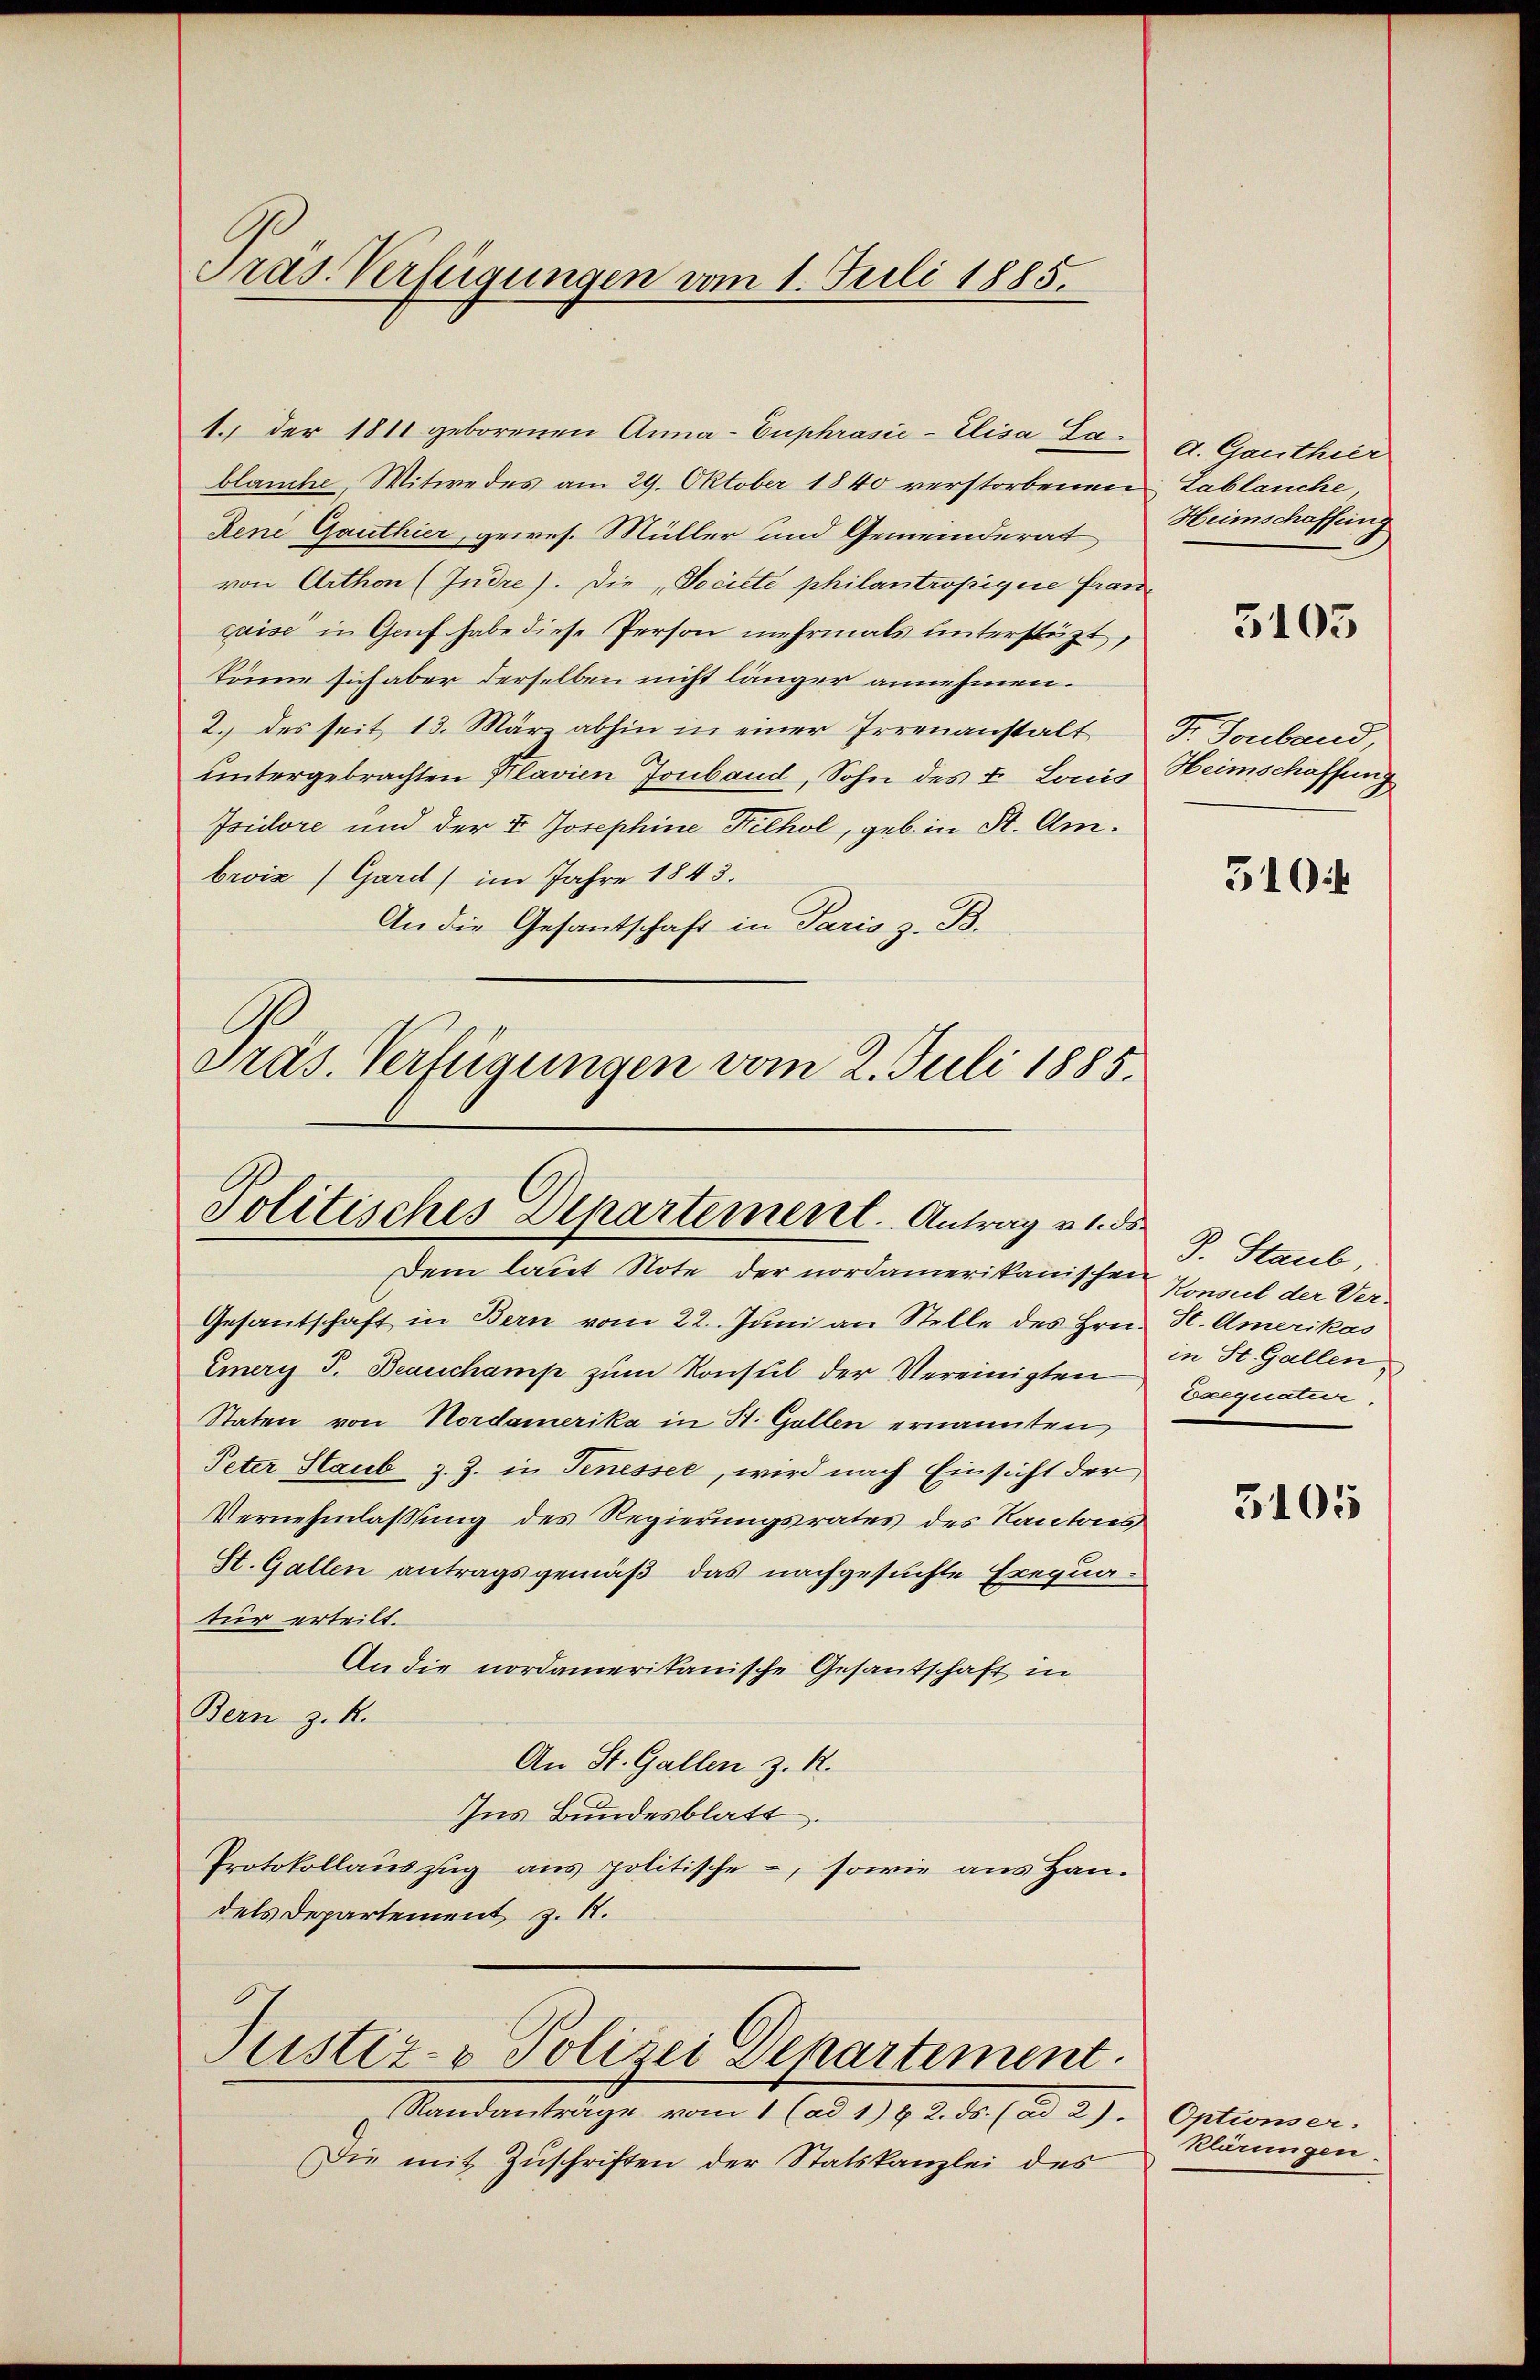
Präs. Verfügungen vom 1. Juli 1885.

1.) Der 1811 geborenen Anna Euphrasić-Elisa Laa. Ganthier
blauche Mitwe des am 29. Oktober 1840 verstorbenen Zablauche,
Rene Ganthier, gewes. Müller und Gemeinderat Heimschaffung
von Arthon (Judre). Die „Dociete philantropiquie Frau
caise in Genf habe diese Person mehrmals unterstüzt,
könne sich aber derselben nicht länger annehmen.
2.) des seit 13. März abhin in einer Irrenanstalt Dr. Tonband,
untergebrachten Klavien Jonband, Sohn des E. Louis Heimschaffung
Isidore und der & Josephine Filhol, geb. in St. Ambroiz) Gard) im Jahre 1843.
An die Gesantschaft in Paris z. B.
Präs. Verfügungen vom 2. Juli 1885.

Politisches Departement. Antrag v. 1. ds.
Dem laut Note der nordamerikanischen

Justiz- & Polizei Departement.

Randanträge vom 1 (ad 1) § 2. ds. (ad 2).
Die mit Zuschriften der Statskanzlei des

510

Gesantschaft in Bern vom 22. Jŭni an Stelle des Hrn. St. Amerikas
Emery S. Beanschamp zum Konsul der Vereinigten in St. Gallen,
Staten von Nordamerika in St. Gallen ernannten
Peter Staub z. Z. in Tenessee, wird nach Einsicht der
Vernehmlassung des Regierungsrates des Kantons
St. Gallen antragsgemäß das nachgesuchte Frequatür erteilt.
An die nordamerikanische Gesantschaft in
Bern z. R.
An St. Gallen z. R.
Ins Bundesblatt.
Protokollauszug aus politische, sowie aus Handels Departement z. B.

3105

J. Staub
Konsul der Ver-
Caequateur.

3105

Ontionser.
Klärungen